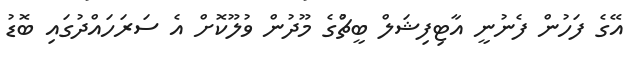
އޭގެ ފަހުން ފެނުނީ އާޓިފިޝަލް ބީޗްުގެ މޫދުން ވުލޫކޮށް އެ ސަރަހައްދުގައި ބޮޑު